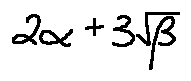
2 \alpha + 3 \sqrt { \beta }